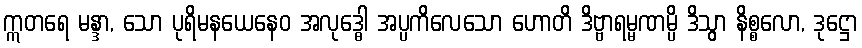
ဣတရေ မန္ဒာ, သော ပုရိမနယေနေဝ အလုဒ္ဓေါ အပ္ပကိလေသော ဟောတိ ဒိဗ္ဗာရမ္မဏမ္ပိ ဒိသွာ နိစ္စလော, ဒုဋ္ဌော